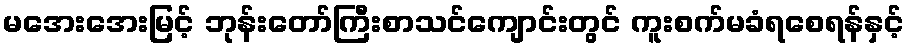
မအေးအေးမြင့် ဘုန်းတော်ကြီးစာသင်ကျောင်းတွင် ကူးစက်မခံရစေရန်နှင့်